Indian journal of veterinary science and animal husbandry - Volume 5,
Year: 1935
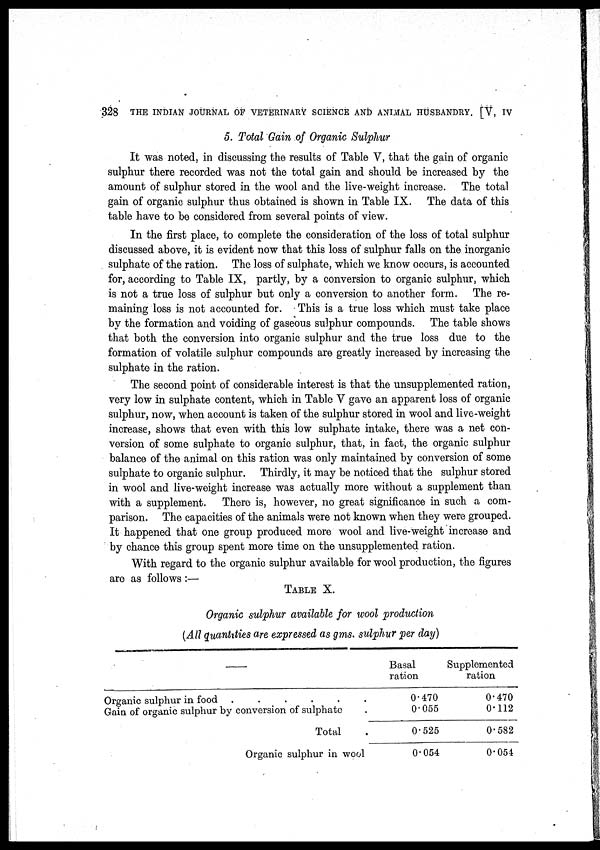
328 THE INDIAN JOURNAL OF VETERINARY SCIENCE AND ANIMAL HUSBANDRY [V, IV
5. Total Gain of Organic Sulphur
It was noted, in discussing the results of Table V, that the gain of organic
sulphur there recorded was not the total gain and should be increased by the
amount of sulphur stored in the wool and the live-weight increase. The total
gain of organic sulphur thus obtained is shown in Table IX. The data of this
table have to be considered from several points of view.
In the first place, to complete the consideration of the loss of total sulphur
discussed above, it is evident now that this loss of sulphur falls on the inorganic
sulphate of the ration. The loss of sulphate, which we know occurs, is accounted
for, according to Table IX, partly, by a conversion to organic sulphur, which
is not a true loss of sulphur but only a conversion to another form. The re-
maining loss is not accounted for. This is a true loss which must take place
by the formation and voiding of gaseous sulphur compounds. The table shows
that both the conversion into organic sulphur and the true loss due to the
formation of volatile sulphur compounds are greatly increased by increasing the
sulphate in the ration.
The second point of considerable interest is that the unsupplemented ration,
very low in sulphate content, which in Table V gave an apparent loss of organic
sulphur, now, when account is taken of the sulphur stored in wool and live-weight
increase, shows that even with this low sulphate intake, there was a net con-
version of some sulphate to organic sulphur, that, in fact, the organic sulphur
balance of the animal on this ration was only maintained by conversion of some
sulphate to organic sulphur. Thirdly, it may be noticed that the sulphur stored
in wool and live-weight increase was actually more without a supplement than
with a supplement. There is, however, no great significance in such a com-
parison. The capacities of the animals were not known when they were grouped.
It happened that one group produced more wool and live-weight increase and
by chance this group spent more time on the unsupplemented ration.
With regard to the organic sulphur available for wool production, the figures
are as follows :—
TABLE X.
Organic sulphur available for wool production
(All quantities are expressed as gms. sulphur per day)
Organic sulphur in food
......
Gain of organic sulphur by conversion of sulphate .
Total .
Organic sulphur in wool
Basal
ration
0.470
0.055
0.525
0.054
Supplemented
ration
0.470
0.112
0.582
0.054